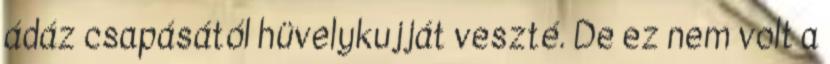
ádáz csapásától hüvelykujját veszté. De ez nem volt a